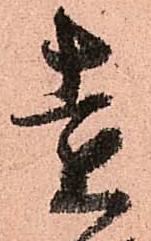
遠